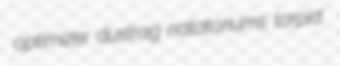
optimizer dustrag natatoriums torpid